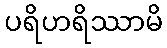
ပရိဟရိဿာမိ